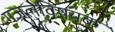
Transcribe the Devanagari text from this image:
गजलेविषयक